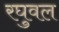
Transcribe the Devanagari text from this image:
रघुवल